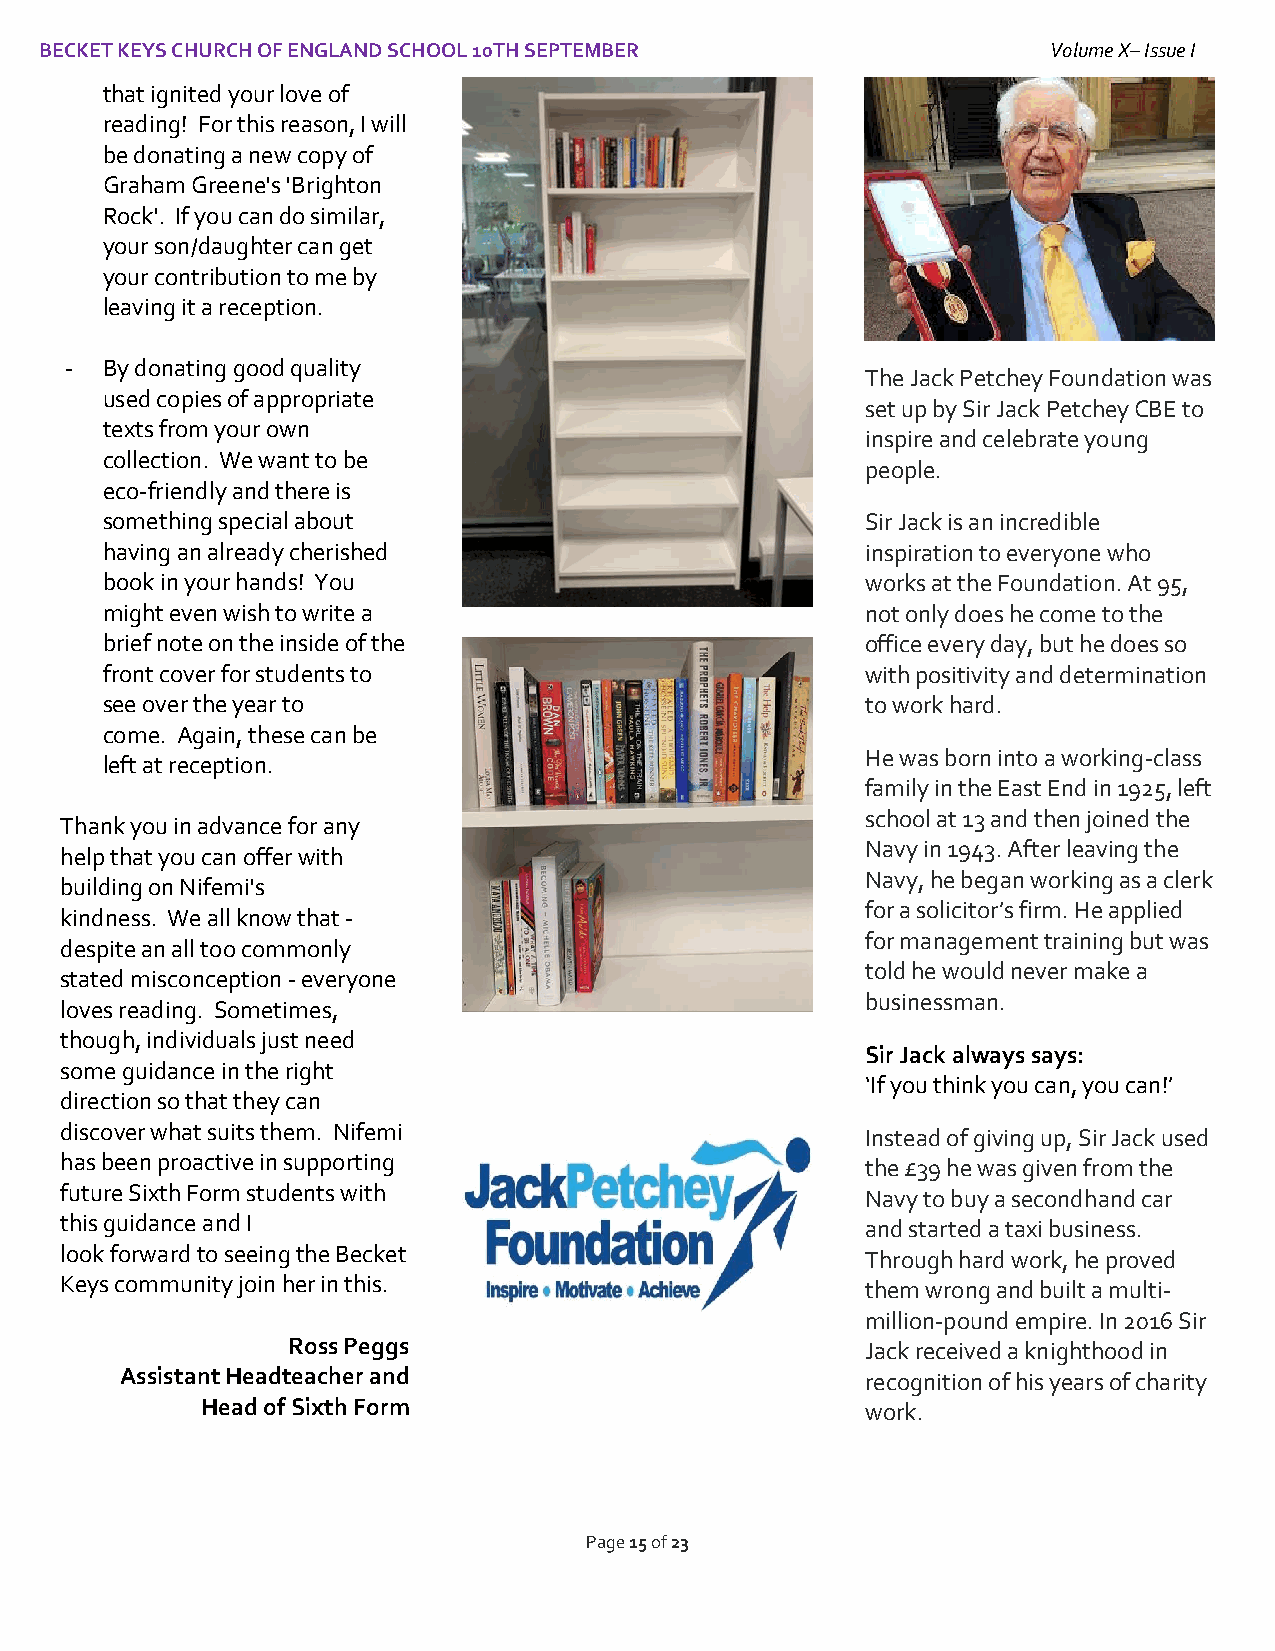
BECKET KEYS CHURCH OF ENGLAND SCHOOL 10TH SEPTEMBER                Volume X– Issue I
 I
 that ignited your love of
 reading! For this reason, I will
 be donating a new copy of
 Graham Greene's 'Brighton
 Rock'. If you can do similar,
 your son/daughter can get
 your contribution to me by
 leaving it a reception.
 -  By donating good quality
 The Jack Petchey Foundation was
 used copies of appropriate
 set up by Sir Jack Petchey CBE to
 texts from your own
 inspire and celebrate young
 collection. We want to be
 people.
 eco-friendly and there is
 something special about                           Sir Jack is an incredible
 having an already cherished                       inspiration to everyone who
 book in your hands! You                           works at the Foundation. At 95,
 might even wish to write a                        not only does he come to the
 brief note on the inside of the                   office every day, but he does so
 front cover for students to                       with positivity and determination
 see over the year to                              to work hard.
 come. Again, these can be
 He was born into a working-class
 left at reception.
 family in the East End in 1925, left
 school at 13 and then joined the
 Thank you in advance for any
 Navy in 1943. After leaving the
 help that you can offer with
 Navy, he began working as a clerk
 building on Nifemi's
 for a solicitor’s firm. He applied
 kindness. We all know that -
 for management training but was
 despite an all too commonly
 told he would never make a
 stated misconception - everyone
 loves reading. Sometimes,
 businessman.
 though, individuals just need
 Sir Jack always says:
 some guidance in the right
 ‘If you think you can, you can!’
 direction so that they can
 discover what suits them. Nifemi                     Instead of giving up, Sir Jack used
 has been proactive in supporting                     the £39 he was given from the
 future Sixth Form students with                      Navy to buy a secondhand car
 this guidance and I                                  and started a taxi business.
 look forward to seeing the Becket                    Through hard work, he proved
 Keys community join her in this.                     them wrong and built a multi-
 million-pound empire. In 2016 Sir
 Ross Peggs                            Jack received a knighthood in
 Assistant Headteacher and                        recognition of his years of charity
 Head of Sixth Form                          work.
 Page 15 of 23